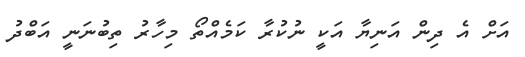
އަށް އެ ދިން އަނިޔާ އަކީ ނުކުރާ ކަމެއްތޯ މިހާރު ތިބުނަނީ އަބްދު